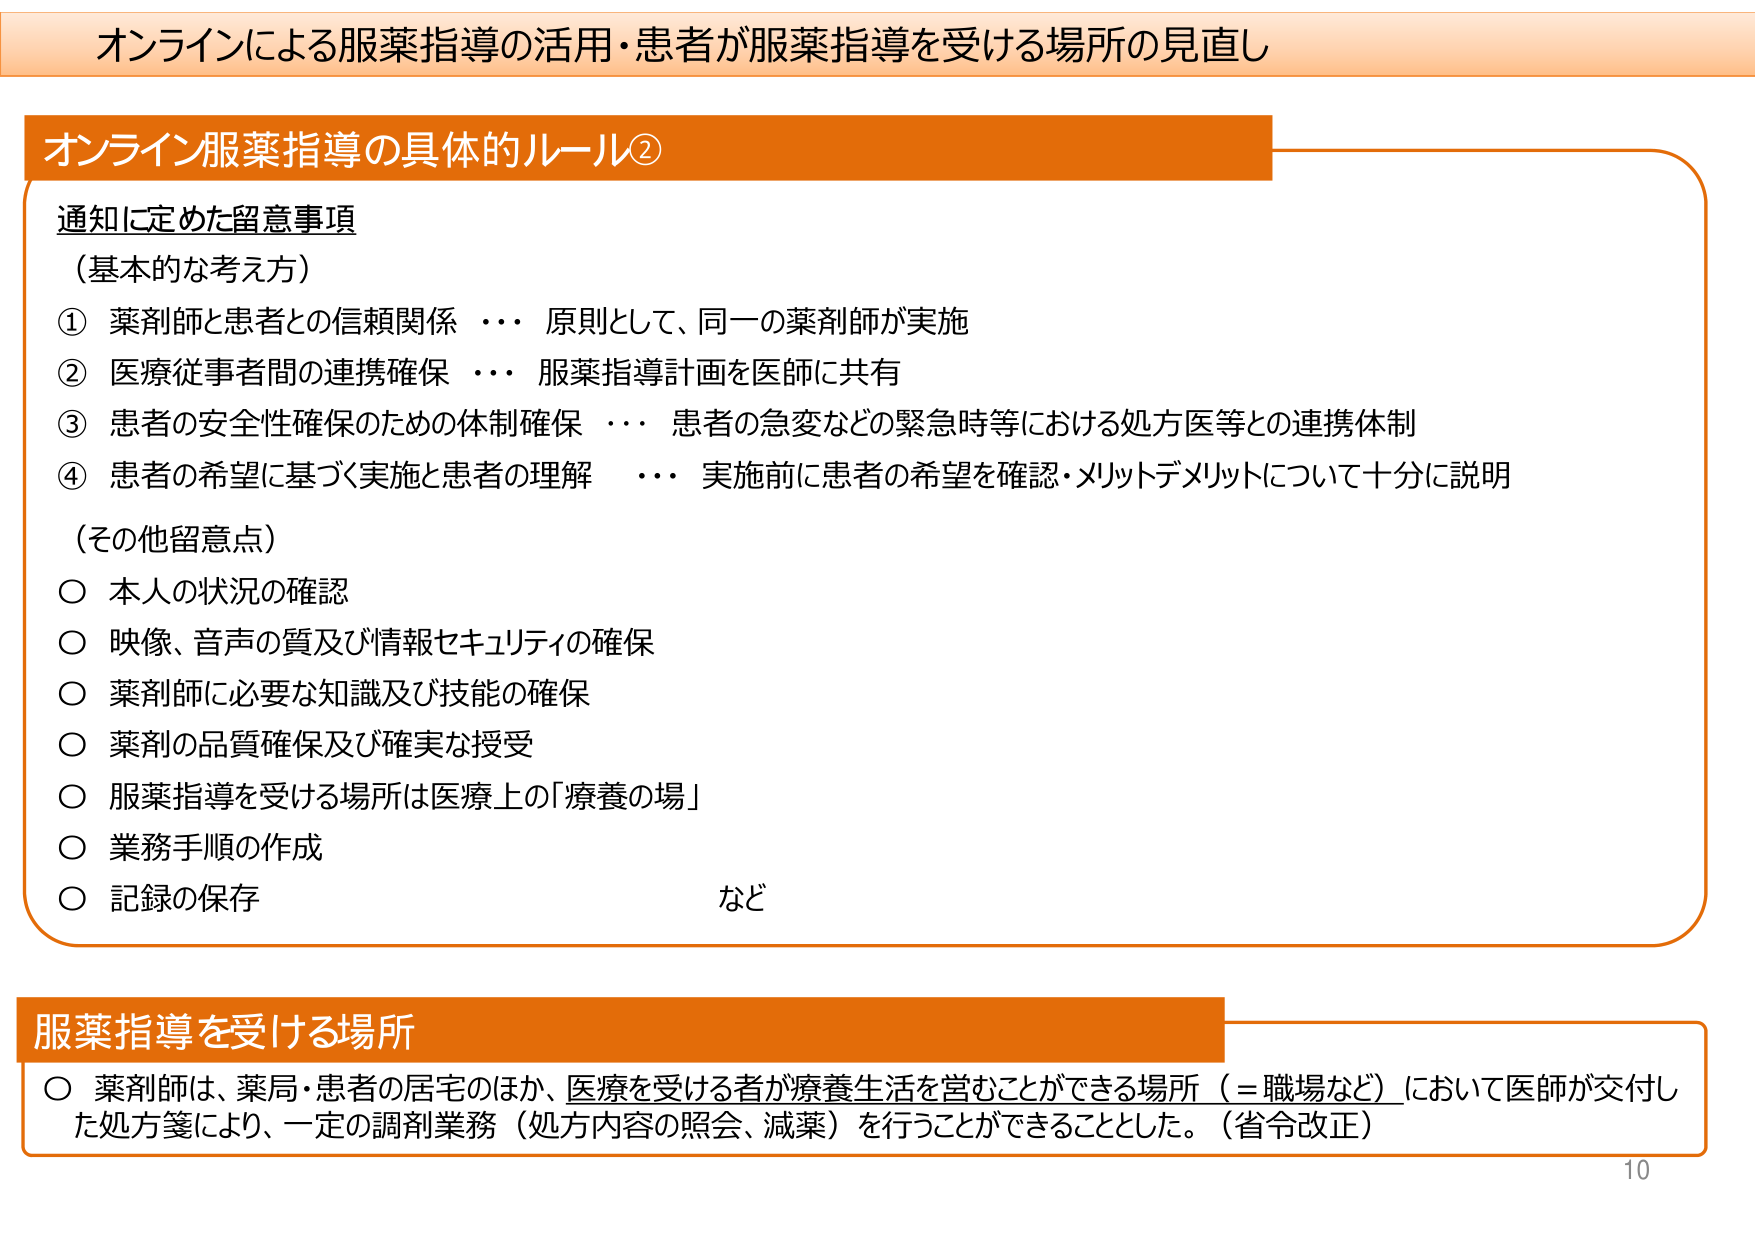
オンラインによる服薬指導の活用・患者が服薬指導を受ける場所の見直し

オンライン服薬指導の具体的ルール②

通知に定めた留意事項
（基本的な考え方）
① 薬剤師と患者との信頼関係 ・・・ 原則として、同一の薬剤師が実施
② 医療従事者間の連携確保 ・・・ 服薬指導計画を医師に共有
③ 患者の安全性確保のための体制確保 ・・・ 患者の急変などの緊急時等における処方医等との連携体制
④ 患者の希望に基づく実施と患者の理解 ・・・ 実施前に患者の希望を確認・メリットデメリットについて十分に説明

（その他留意点）
○ 本人の状況の確認
○ 映像、音声の質及び情報セキュリティの確保
○ 薬剤師に必要な知識及び技能の確保
○ 薬剤の品質確保及び確実な授受
○ 服薬指導を受ける場所は医療上の「療養の場」
○ 業務手順の作成
○ 記録の保存 など

服薬指導を受ける場所
○ 薬剤師は、薬局・患者の居宅のほか、医療を受ける者が療養生活を営むことができる場所（＝職場など）において医師が交付した処方箋により、一定の調剤業務（処方内容の照会、減薬）を行うことができることとした。（省令改正）

10